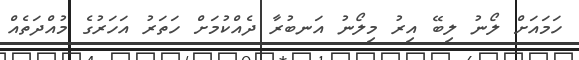
ހަމައަށް ލޯނު ލިބޭ އިރު މިލޯނު އަނބުރާ ދެއްކުމަށް ހަތަރު އަހަރުގެ މުއްދަތެއް